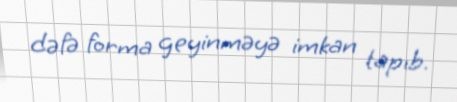
dəfə forma geyinməyə imkan tapıb.